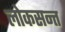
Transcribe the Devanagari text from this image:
लोकसन्त